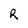
Character: R